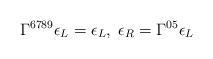
LaTeX: \begin{align*}\Gamma^{6789}\epsilon_L = \epsilon_L,\;\epsilon_R= \Gamma^{05} \epsilon_L\end{align*}